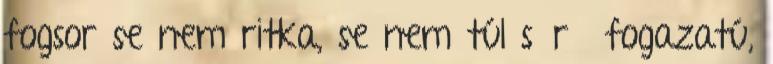
fogsor se nem ritka, se nem túl sűrű fogazatú,